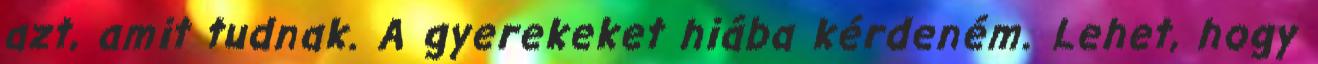
azt, amit tudnak. A gyerekeket hiába kérdeném. Lehet, hogy